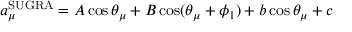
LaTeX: a _ { \mu } ^ { \mathrm { S U G R A } } = A \cos \theta _ { \mu } + B \cos ( \theta _ { \mu } + \phi _ { 1 } ) + b \cos \theta _ { \mu } + c